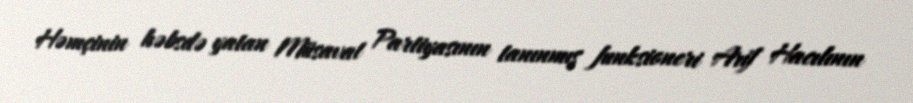
Həmçinin həbsdə yatan Müsavat Partiyasının tanınmış funksioneri Arif Hacılının